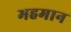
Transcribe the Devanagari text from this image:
महमान